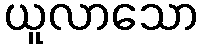
ယူလာသော